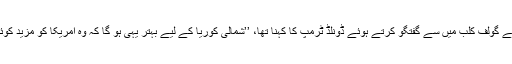
نیو جرسی میں اپنے گولف کلب میں سے گفتگو کرتے ہوئے ڈونلڈ ٹرمپ کا کہنا تھا، ’’شمالی کوریا کے لیے بہتر یہی ہو گا کہ وہ امریکا کو مزید کوئی دھمکی نہ دے۔